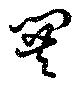
閧